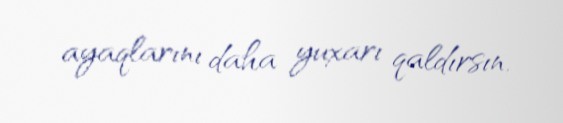
ayaqlarını daha yuxarı qaldırsın.